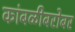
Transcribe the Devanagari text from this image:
कांबळीबरोबर